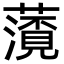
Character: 𮒐